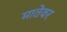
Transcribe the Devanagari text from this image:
मातेवर